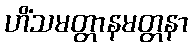
ဟိံသမတ္တာနမတ္တနာ